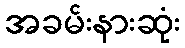
အခမ်းနားဆုံး